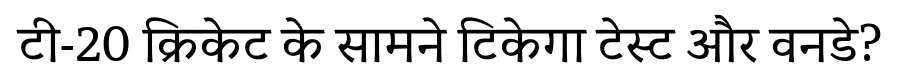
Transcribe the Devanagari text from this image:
टी-20 क्रिकेट के सामने टिकेगा टेस्ट और वनडे?